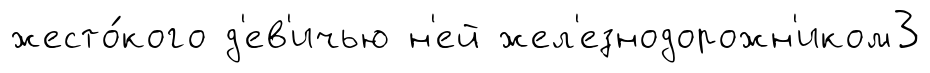
жесто́кого д'ев'ичью н'ей жел'езнодорожн'иком3